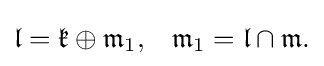
\displaystyle {{\mathfrak {l}}={\mathfrak {k}}\oplus {\mathfrak {m}}_{1},\,\,\,\ {\mathfrak {m}}_{1}={\mathfrak {l}}\cap {\mathfrak {m}}.}